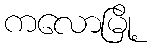
ကလောမြို့